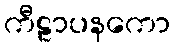
ကီဠာပနကော